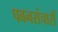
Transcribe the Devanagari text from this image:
पवनसंचारों